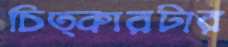
চিত্কারটার